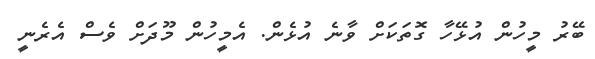
ބޭރު މީހުން އުޅޭހާ ގޮތަކަށް ވާނެ އުޅެން. އެމީހުން މޫދަށް ވެސް އެރެނީ